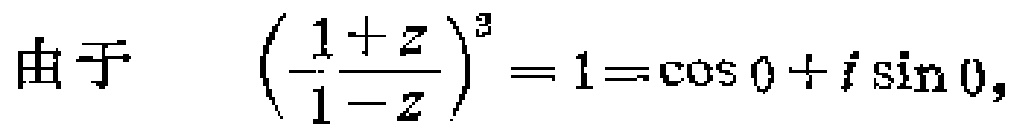
由于 \(\left(\frac{1 + z}{1 - z}\right)^{3}=1=\cos 0 + i\sin 0,\)